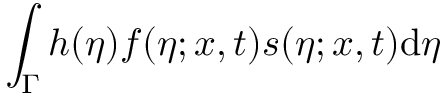
\int _ { \Gamma } h ( \eta ) f ( \eta ; x , t ) s ( \eta ; x , t ) \mathrm { d } \eta